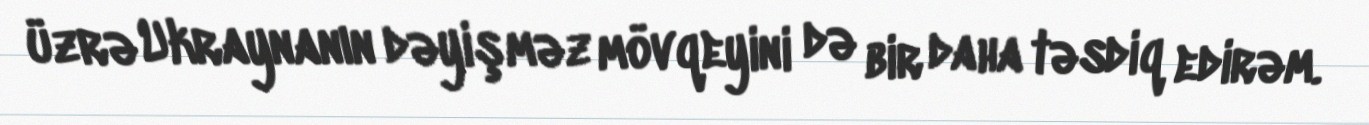
üzrə Ukraynanın dəyişməz mövqeyini də bir daha təsdiq edirəm.